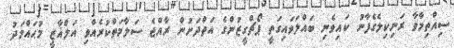
ސިއްތިމާވާ ރަނިކިލެގެފާނު ކައިވެނި ބައްލަވައިގަތީ ޕޯޗްގީޒުންގެ އަތްދަށުން ރާއްޖެ ސަލާމަތްކުރެއްވި އަލްޣާޒީ މުޙައްމަދު